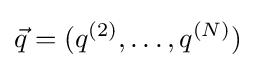
{\vec {q}}=(q^{(2)},\dots ,q^{(N)})